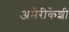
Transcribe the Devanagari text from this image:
अमेरीकेशी